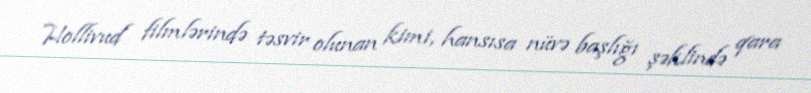
Hollivud filmlərində təsvir olunan kimi, hansısa nüvə başlığı şəklində qara